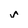
Character: v